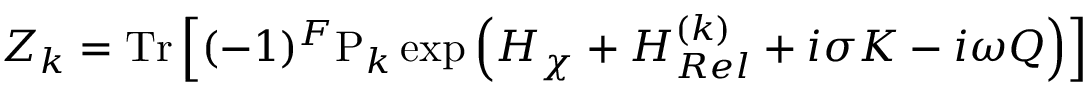
{ \cal Z } _ { k } = \mathrm { T r } \left[ ( - 1 ) ^ { F } \mathrm { P } _ { k } \exp \left( H _ { \chi } + H _ { R e l } ^ { ( k ) } + i \sigma K - i \omega Q \right) \right]